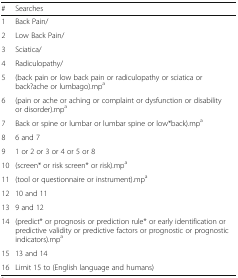
<table><thead><tr><td><b>#</b></td><td><b>Searches</b></td></tr></thead><tbody><tr><td>1</td><td>Back Pain/</td></tr><tr><td>2</td><td>Low Back Pain/</td></tr><tr><td>3</td><td>Sciatica/</td></tr><tr><td>4</td><td>Radiculopathy/</td></tr><tr><td>5</td><td>(back pain or low back pain or radiculopathy or sciatica or back?ache or lumbago).mp<sup>a</sup></td></tr><tr><td>6</td><td>(pain or ache or aching or complaint or dysfunction or disability or disorder).mp<sup>a</sup></td></tr><tr><td>7</td><td>Back or spine or lumbar or lumbar spine or low*back).mp<sup>a</sup></td></tr><tr><td>8</td><td>6 and 7</td></tr><tr><td>9</td><td>1 or 2 or 3 or 4 or 5 or 8</td></tr><tr><td>10</td><td>(screen* or risk screen* or risk).mp<sup>a</sup></td></tr><tr><td>11</td><td>(tool or questionnaire or instrument).mp<sup>a</sup></td></tr><tr><td>12</td><td>10 and 11</td></tr><tr><td>13</td><td>9 and 12</td></tr><tr><td>14</td><td>(predict* or prognosis or prediction rule* or early identification or predictive validity or predictive factors or prognostic or prognostic indicators).mp<sup>a</sup></td></tr><tr><td>15</td><td>13 and 14</td></tr><tr><td>16</td><td>Limit 15 to (English language and humans)</td></tr></tbody></table>